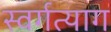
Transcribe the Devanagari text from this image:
स्वर्गत्याग